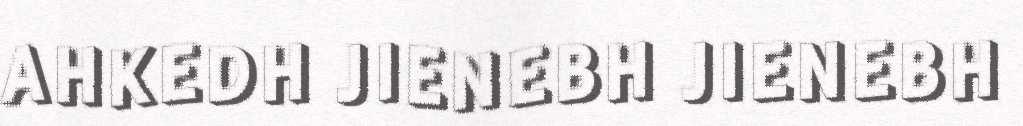
AHKEDH JIENEBH JIENEBH